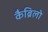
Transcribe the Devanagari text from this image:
कैब्रिलो